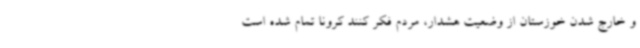
و خارج شدن خوزستان از وضعیت هشدار، مردم فکر کنند کرونا تمام شده است